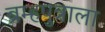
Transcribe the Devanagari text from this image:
ब्रम्हपुत्राला